Lunatic asylums in Bengal annual reports 1899-1911 - 1899-1911
Year: 1899
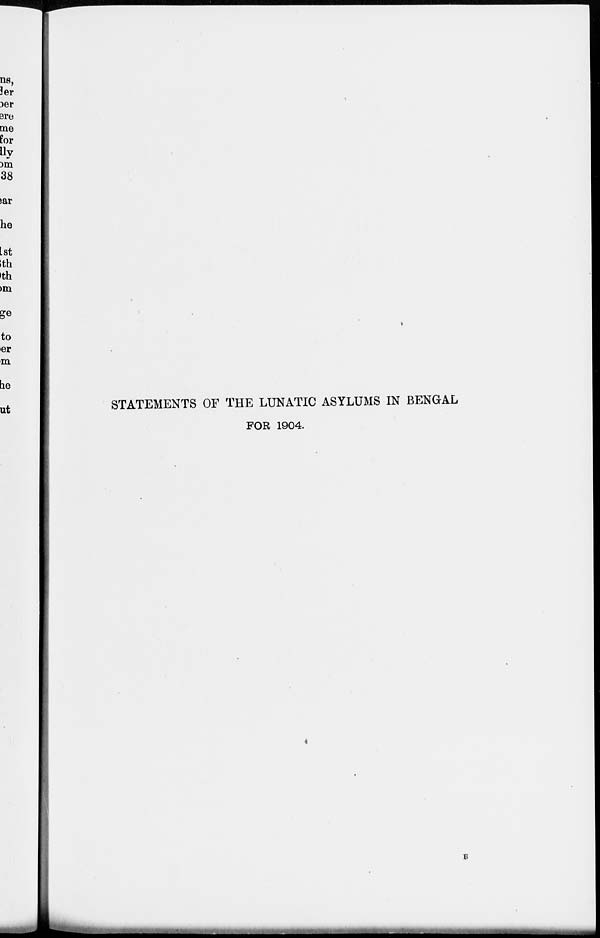
STATEMENTS OF THE LUNATIC ASYLUMS IN BENGAL
FOR 1904.
B